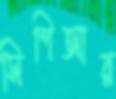
সিপিআর